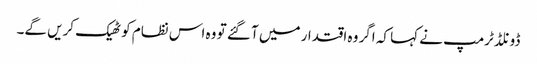
ڈونلڈ ٹرمپ نے کہا کہ اگر وہ اقتدار میں آ گئے تو وہ اس نظام کو ٹھیک کریں گے۔